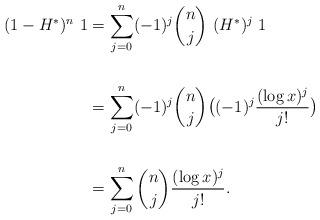
LaTeX: \begin{align*}(1-H^*)^n\ 1 &= \sum_{j=0}^n (-1)^j\binom{n}{j}\ (H^*)^j\ 1\\ \\&=\sum_{j=0}^n (-1)^j\binom{n}{j} \big((-1)^j \frac{(\log x)^j}{j!}\big)\\ \\&=\sum_{j=0}^n \binom{n}{j}\frac{(\log x)^j}{j!}.\end{align*}